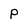
Character: p